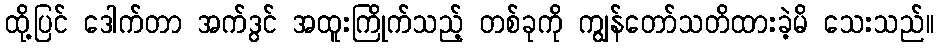
ထို့ပြင် ဒေါက်တာ အက်ဒွင် အထူးကြိုက်သည့် တစ်ခုကို ကျွန်တော်သတိထားခဲ့မိ သေးသည်။